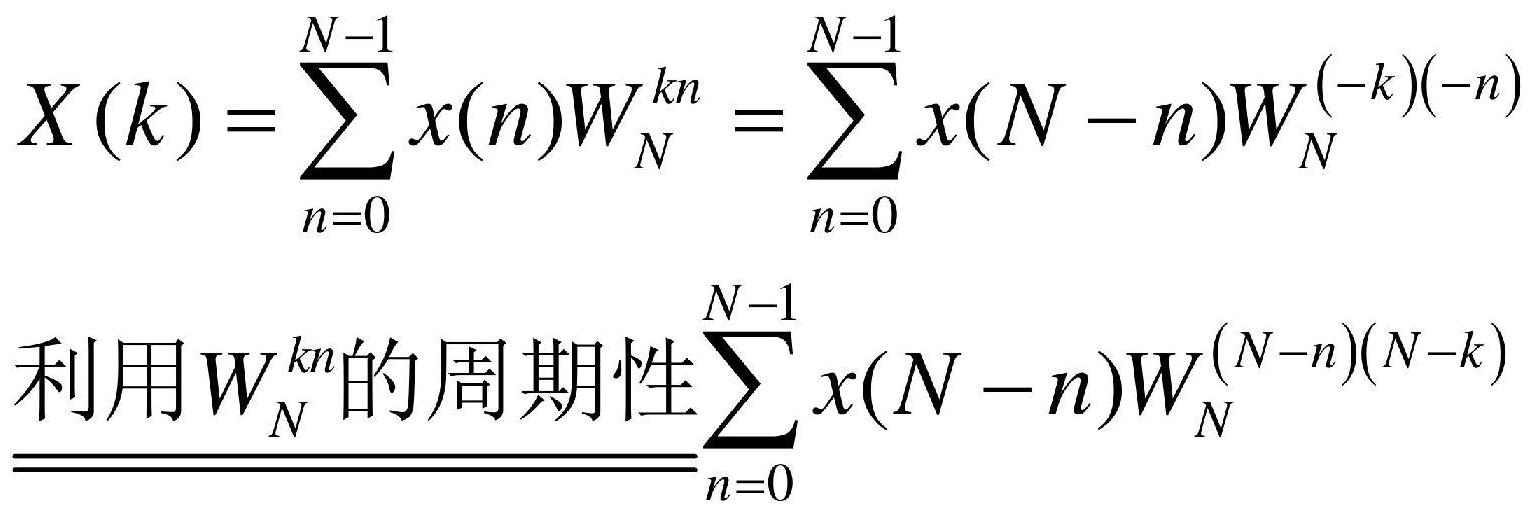
\(X(k)&=\sum_{n = 0}^{N - 1}x(n)W_{N}^{kn}=\sum_{n = 0}^{N - 1}x(N - n)W_{N}^{(-k)(-n)}\)\\
&\text{利用}\(W_{N^{kn\)\text{的周期性}\(}}\sum_{n = 0}^{N - 1}x(N - n)W_{N}^{(N - n)(N - k)}\)